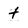
Character: t